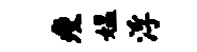
瘦媪浮